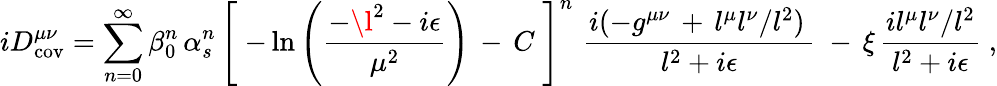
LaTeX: iD_{\mathrm{cov}}^{\mu\nu}=\sum_{n=0}^{\infty}\beta_{0}^{n}\, \alpha_{s}^{n}\, \left[\; -\ln\left({\frac{-\l^{2}-i\epsilon}{\mu^{2}}}\right)\, -\, C\; \right]^{n}\, \, {\frac{i(-g^{\mu\nu}\, +\, l^{\mu}l^{\nu}/l^{2})\, }{l^{2}+i\epsilon}}\; -\, \xi\, {\frac{il^{\mu}l^{\nu}/l^{2}}{l^{2}+i\epsilon}}\; ,